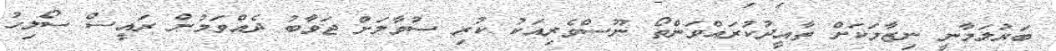
ބަރުލަމާނީ ނިޒާމަކަށް ތާއީދުކުރައްވަންތޯ ނޫސްވެރިއަކު ކުރި ސުވާލަށް ޖަވާބު ދެއްވަމުން ރައީސް ސޯލިހު